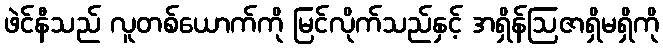
ဖဲင်နီသည် လူတစ်ယောက်ကို မြင်လိုက်သည်နှင့် အရှိန်ဩဇာရှိမရှိကို